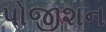
પોજીશન